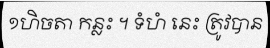
១ហិចតា កន្លះ ។ ទំហំ នេះ ត្រូវបាន